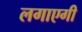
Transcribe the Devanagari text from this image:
लगाएगी